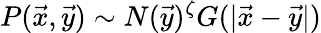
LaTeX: P(\vec{x},\vec{y})\sim N(\vec{y})^{\zeta}G(|\vec{x}-\vec{y}|)